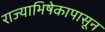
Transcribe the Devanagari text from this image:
राज्याभिषेकापासून